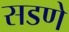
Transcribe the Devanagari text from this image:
सडणे